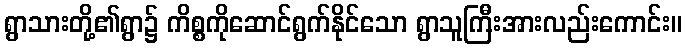
ရွာသားတို့၏ရွာ၌ ကိစ္စကိုဆောင်ရွက်နိုင်သော ရွာသူကြီးအားလည်းကောင်း။